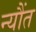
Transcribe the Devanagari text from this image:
न्यौंत